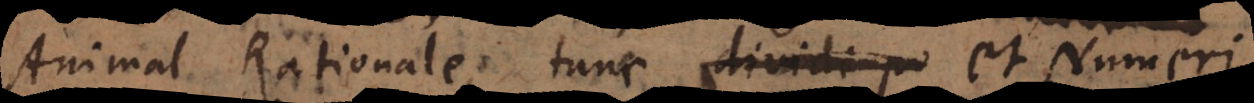
Animal Rationale; tunc et Numeri,